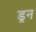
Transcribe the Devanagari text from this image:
ड्रन